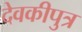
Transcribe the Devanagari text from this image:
देवकीपुत्र